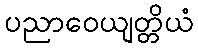
ပညာဝေယျတ္တိယံ